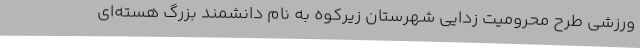
ورزشی طرح محرومیت زدایی شهرستان زیرکوه به نام دانشمند بزرگ هسته‌ای